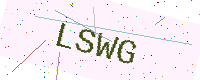
Text: LSWG